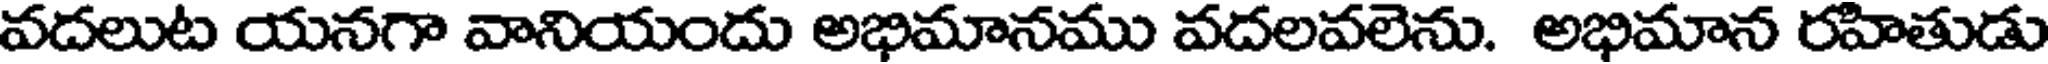
వదలుట యనగా వానియందు అభిమానము వదలవలెను. అభిమాన రహితుడు